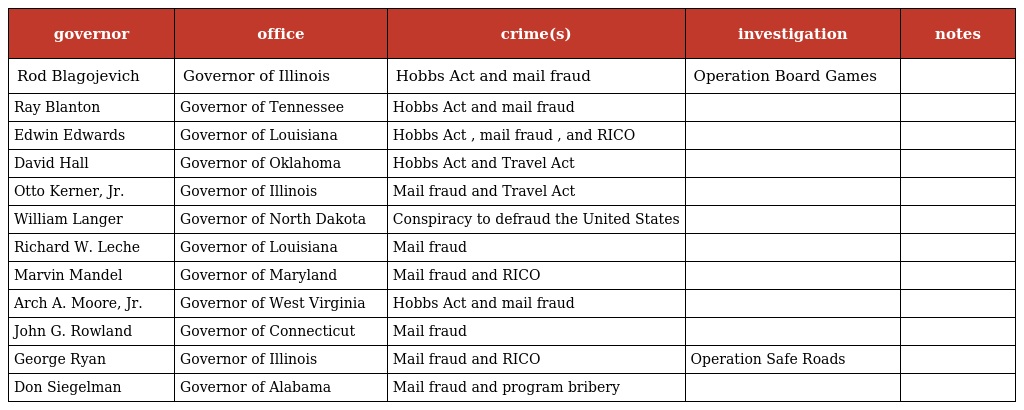
| governor | office | crime(s) | investigation | notes |
 | --- | --- | --- | --- | --- |
 | Rod Blagojevich | Governor of Illinois | Hobbs Act and mail fraud | Operation Board Games |  |
 | Ray Blanton | Governor of Tennessee | Hobbs Act and mail fraud |  |  |
 | Edwin Edwards | Governor of Louisiana | Hobbs Act , mail fraud , and RICO |  |  |
 | David Hall | Governor of Oklahoma | Hobbs Act and Travel Act |  |  |
 | Otto Kerner, Jr. | Governor of Illinois | Mail fraud and Travel Act |  |  |
 | William Langer | Governor of North Dakota | Conspiracy to defraud the United States |  |  |
 | Richard W. Leche | Governor of Louisiana | Mail fraud |  |  |
 | Marvin Mandel | Governor of Maryland | Mail fraud and RICO |  |  |
 | Arch A. Moore, Jr. | Governor of West Virginia | Hobbs Act and mail fraud |  |  |
 | John G. Rowland | Governor of Connecticut | Mail fraud |  |  |
 | George Ryan | Governor of Illinois | Mail fraud and RICO | Operation Safe Roads |  |
 | Don Siegelman | Governor of Alabama | Mail fraud and program bribery |  |  |